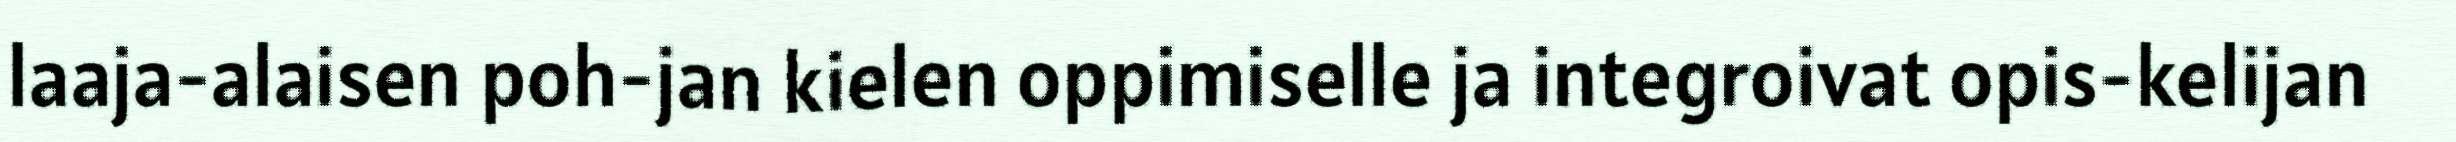
laaja-alaisen poh-jan kielen oppimiselle ja integroivat opis-kelijan